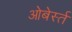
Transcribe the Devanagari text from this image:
ओबेर्स्त